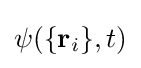
\psi (\{\mathbf {r} _{i}\},t)